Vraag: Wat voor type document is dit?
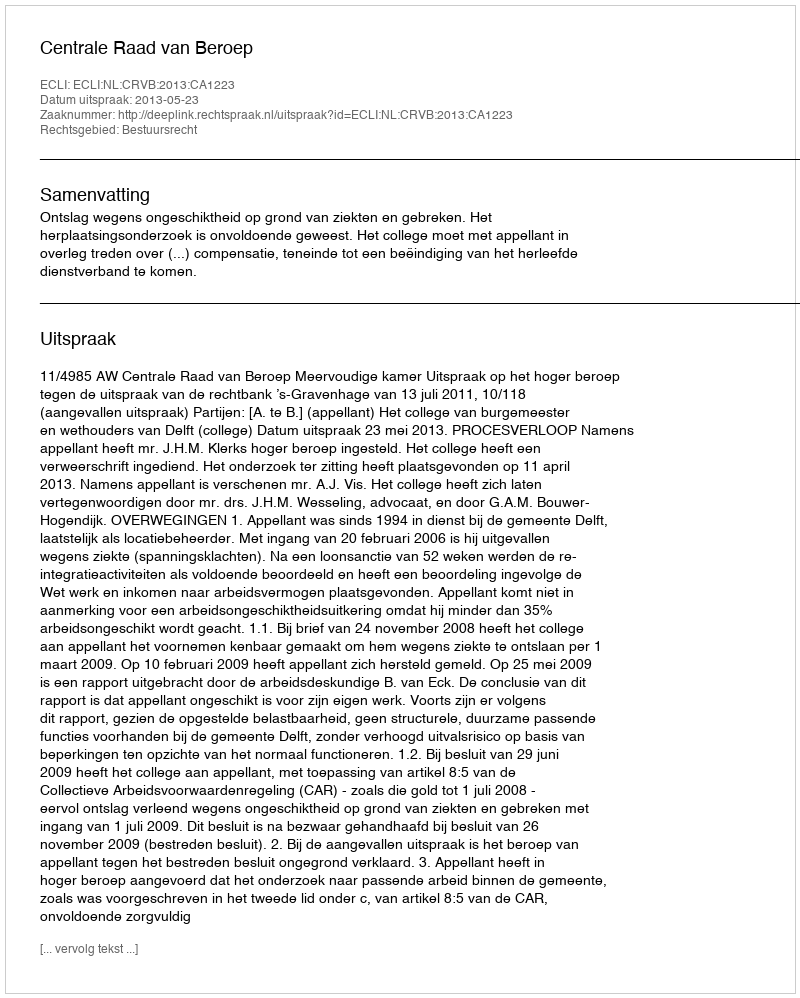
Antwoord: Uitspraak